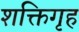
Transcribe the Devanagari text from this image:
शक्तिगृह